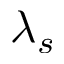
\lambda _ { s }